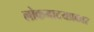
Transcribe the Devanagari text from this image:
लोकनाटयप्रकार